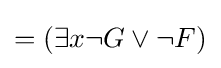
=(\exists x\neg G\lor \neg F)